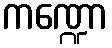
ကဏ္ဍော